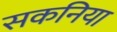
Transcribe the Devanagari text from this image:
सकनिया